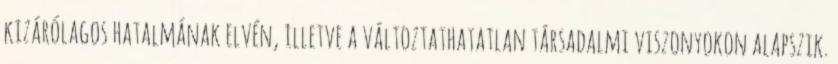
kizárólagos hatalmának elvén, illetve a változtathatatlan társadalmi viszonyokon alapszik.